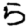
Digit: 5